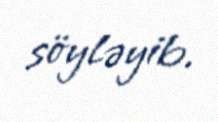
söyləyib.